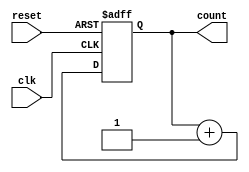
module up_counter_moore #(
    parameter N = 4  // Parameter for the number of bits (default is 4 bits)
) (
    input wire clk,       // Clock input
    input wire reset,     // Asynchronous reset input
    output reg [N-1:0] count // N-bit output count
);

// Always block for state transition and output logic
always @(posedge clk or posedge reset) begin
    if (reset) begin
        count <= 0; // Reset the counter to 0
    end else begin
        count <= count + 1; // Increment the counter
    end
end

endmodule